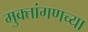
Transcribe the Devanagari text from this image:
मुक्तांगणच्या